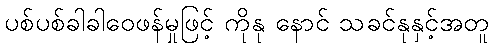
ပစ်ပစ်ခါခါဝေဖန်မှုဖြင့် ကိုနု နောင် သခင်နုနှင့်အတူ